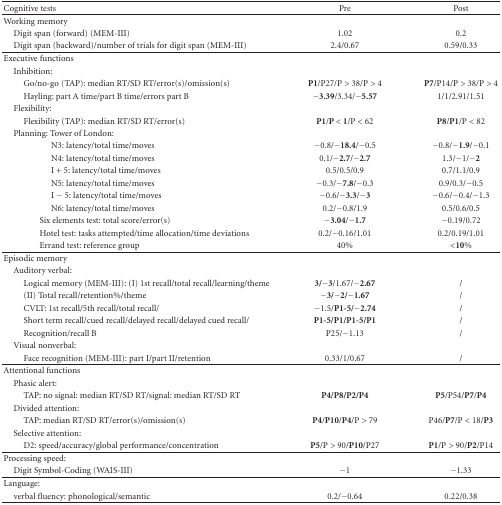
<table><thead><tr><td><b>Cognitive tests</b></td><td><b>Pre</b></td><td><b>Post</b></td></tr></thead><tbody><tr><td>Working memory</td><td> </td><td> </td></tr><tr><td> Digit span (forward) (MEM-III)</td><td>1.02</td><td>0.2</td></tr><tr><td> Digit span (backward)/number of trials for digit span (MEM-III)</td><td>2.4/0.67</td><td>0.59/0.33</td></tr><tr><td>Executive functions</td><td> </td><td> </td></tr><tr><td> Inhibition: </td><td> </td><td> </td></tr><tr><td>Go/no-go (TAP): median RT/SD RT/error(s)/omission(s)</td><td><b>P1</b>/P27/P &gt; 38/P &gt; 4</td><td><b>P7</b>/P14/P &gt; 38/P &gt; 4</td></tr><tr><td>Hayling: part A time/part B time/errors part B</td><td><b>−3.39</b>/3.34/<b>−5.57</b></td><td>1/1/2.91/1.51</td></tr><tr><td> Flexibility: </td><td> </td><td> </td></tr><tr><td>Flexibility (TAP): median RT/SD RT/error(s)</td><td><b>P1</b>/<b>P </b>&lt;<b> 1</b>/P &lt; 62</td><td><b>P8</b>/<b>P1</b>/P &lt; 82</td></tr><tr><td> Planning: Tower of London:</td><td> </td><td> </td></tr><tr><td>N3: latency/total time/moves</td><td>−0.8/<b>−18.4</b>/−0.5</td><td>−0.8/<b>−1.9</b>/−0.1</td></tr><tr><td>N4: latency/total time/moves</td><td>0.1/<b>−2.7</b>/<b>−2.7</b></td><td>1.3/−1/<b>−2</b></td></tr><tr><td>I + 5: latency/total time/moves</td><td>0.5/0.5/0.9</td><td>0.7/1.1/0.9</td></tr><tr><td>N5: latency/total time/moves</td><td>−0.3/<b>−7.8</b>/−0.3</td><td>0.9/0.3/−0.5</td></tr><tr><td>I − 5: latency/total time/moves</td><td>−0.6/<b>−3.3</b>/<b>−3</b></td><td>−0.6/−0.4/−1.3</td></tr><tr><td>N6: latency/total time/moves</td><td>0.2/−0.8/1.9</td><td>0.5/0.6/0.5</td></tr><tr><td>Six elements test: total score/error(s) </td><td><b>−3.04</b>/<b>−1.7</b></td><td>−0.19/0.72</td></tr><tr><td>Hotel test: tasks attempted/time allocation/time deviations</td><td>0.2/−0.16/1.01</td><td>0.2/0.19/1.01</td></tr><tr><td>Errand test: reference group</td><td>40%</td><td><b>&lt;10%</b></td></tr><tr><td>Episodic memory</td><td> </td><td> </td></tr><tr><td> Auditory verbal: </td><td> </td><td> </td></tr><tr><td>Logical memory (MEM-III): (I) 1st recall/total recall/learning/theme </td><td><b>3/−3</b>/1.67/<b>−2.67</b></td><td>/</td></tr><tr><td>(II) Total recall/retention%/theme </td><td><b>−3/−2/−1.67</b></td><td>/</td></tr><tr><td>CVLT: 1st recall/5th recall/total recall/</td><td>−1.5/<b>P1-5/−2.74</b></td><td>/</td></tr><tr><td>Short term recall/cued recall/delayed recall/delayed cued recall/</td><td><b>P1-5/P1/P1-5/P1</b></td><td>/</td></tr><tr><td>Recognition/recall B</td><td>P25/−1.13</td><td>/</td></tr><tr><td> Visual nonverbal: </td><td> </td><td> </td></tr><tr><td>Face recognition (MEM-III): part I/part II/retention</td><td>0.33/1/0.67</td><td>/</td></tr><tr><td>Attentional functions</td><td> </td><td> </td></tr><tr><td> Phasic alert:</td><td> </td><td> </td></tr><tr><td>TAP: no signal: median RT/SD RT/signal: median RT/SD RT</td><td><b>P4/P8/P2/P4</b></td><td><b>P5</b>/P54/<b>P7</b>/<b>P4</b></td></tr><tr><td> Divided attention:</td><td> </td><td> </td></tr><tr><td>TAP: median RT/SD RT/error(s)/omission(s)</td><td><b>P4</b>/<b>P10</b>/<b>P4</b>/P &gt; 79</td><td>P46/<b>P7</b>/P &lt; 18/<b>P3</b></td></tr><tr><td> Selective attention:</td><td> </td><td> </td></tr><tr><td>D2: speed/accuracy/global performance/concentration</td><td><b>P5</b>/P &gt; 90/<b>P10</b>/P27</td><td><b>P1</b>/P &gt; 90/<b>P2</b>/P14</td></tr><tr><td>Processing speed:</td><td> </td><td> </td></tr><tr><td> Digit Symbol-Coding (WAIS-III)</td><td>−1</td><td>−1.33</td></tr><tr><td>Language:</td><td> </td><td> </td></tr><tr><td> verbal fluency: phonological/semantic</td><td>0.2/−0.64</td><td>0.22/0.38</td></tr></tbody></table>